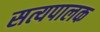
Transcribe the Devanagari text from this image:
सत्यपालक